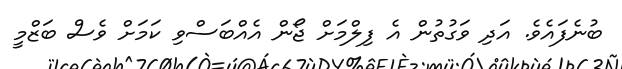
ބުނެފައެވެ. އަދި ވަގުތުން އެ ފިލްމަށް ޖޯން އެއްބަސްވި ކަމަށް ވެސް ބަޒްމީ